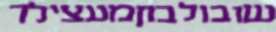
שובולבוןמעצילד